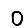
Digit: 0